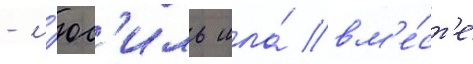
- л'юс'иль шла́ вм'е́ст'е